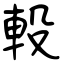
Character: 軗